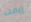
إيمت